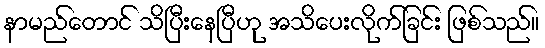
နာမည်တောင် သိပြီးနေပြီဟု အသိပေးလိုက်ခြင်း ဖြစ်သည်။